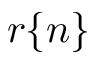
r \{ n \}